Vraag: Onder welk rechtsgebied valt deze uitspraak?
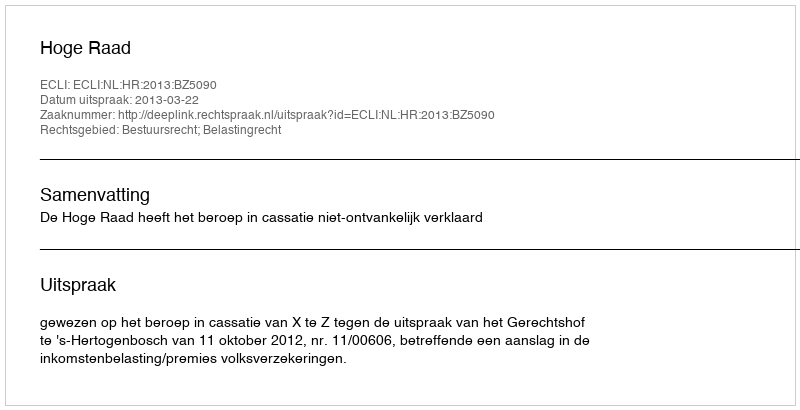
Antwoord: Bestuursrecht; Belastingrecht